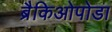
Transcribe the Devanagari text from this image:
ब्रैकिओपोडा